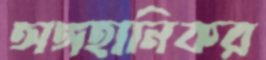
অঙ্গহানিকর